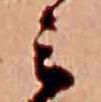
ミ